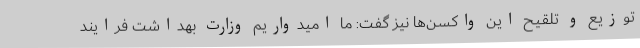
توزیع و تلقیح این واکسن‌ها نیز گفت: ما امیدواریم وزارت بهداشت فرایند